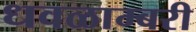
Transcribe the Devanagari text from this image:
धवळाम्बरी